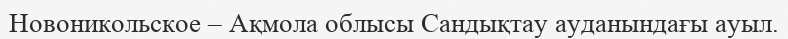
Новоникольское – Ақмола облысы Сандықтау ауданындағы ауыл.